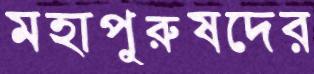
মহাপুরুষদের